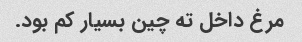
مرغ داخل ته چین بسیار کم بود.